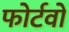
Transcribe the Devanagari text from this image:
फोर्टवो